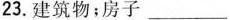
23.建筑物；房子___